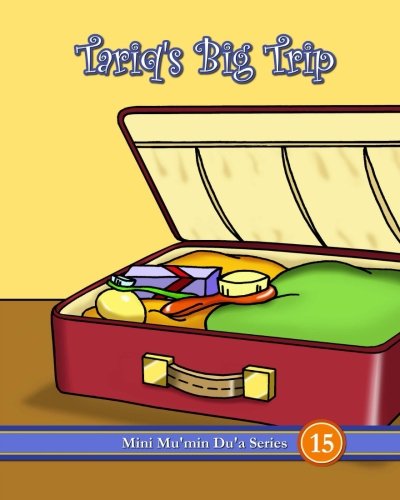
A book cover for Tariq's Big Trip (Mini Mu'min Du'a Series); Mini Mu'min Publications; Religion & Spirituality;